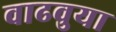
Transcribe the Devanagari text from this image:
वाढवुया